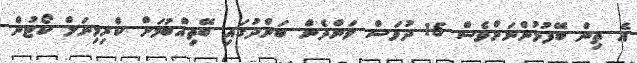
އެ ތިން ބޭފުޅުންނަށްވެސް 15 ދުވަސް ވަންދެން ބަންދުގައި ބޭތިއްބުމަށް ކްރިމިނަލް ކޯޓުން